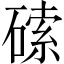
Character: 𱴥